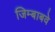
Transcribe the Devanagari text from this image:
जिम्बाबवे